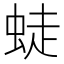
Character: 𧋨